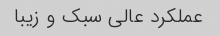
عملکرد عالی سبک و زیبا